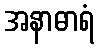
အနာဓာရံ